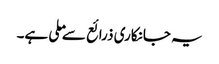
یہ جانکاری ذرائع سے ملی ہے۔